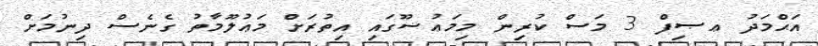
އަޙްމަދު ޢޞިފް 3 މަސް ކުރިން މިމަޢުޟޫގައި އިތުރަށް މަޢުލޫމާތު ގެނެސް ދިނުމަށް